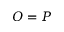
O = P